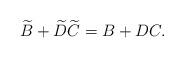
LaTeX: \begin{align*}\widetilde{B}+\widetilde{D}\widetilde{C}=B+DC . \end{align*}